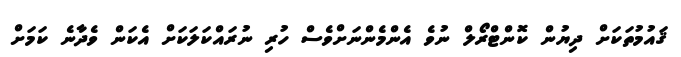
ޤައުމުތަކަށް ދިޔުން ކޮންޓްރޯލް ނުވެ އެންމެންނަށްވެސް ހުރި ނުރައްކަލަކަށް އެކަން ވެދާނެ ކަމަށް